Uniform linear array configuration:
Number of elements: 48
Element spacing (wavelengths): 0.5
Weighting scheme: hann
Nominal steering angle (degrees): -45
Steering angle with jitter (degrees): -46.018
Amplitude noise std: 0.05
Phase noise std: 0.05

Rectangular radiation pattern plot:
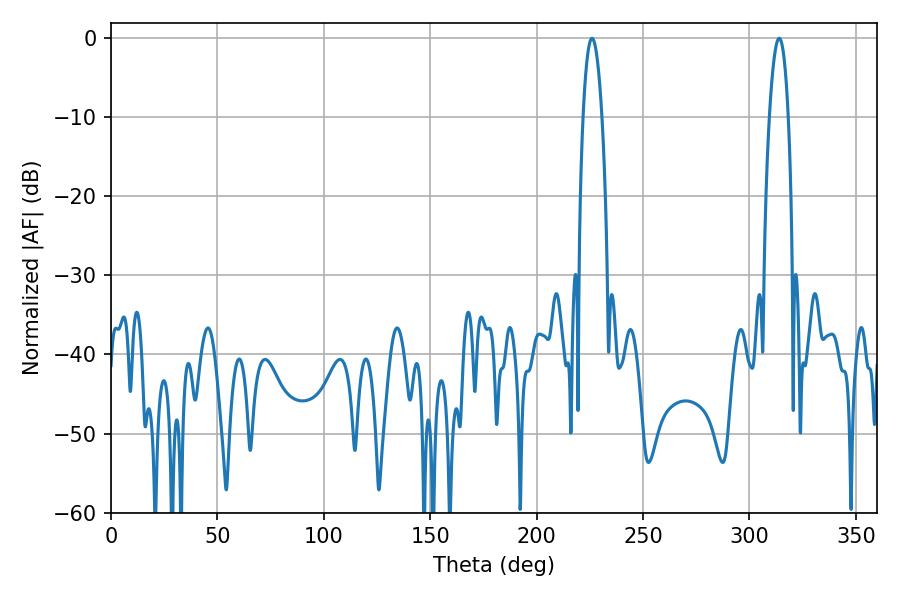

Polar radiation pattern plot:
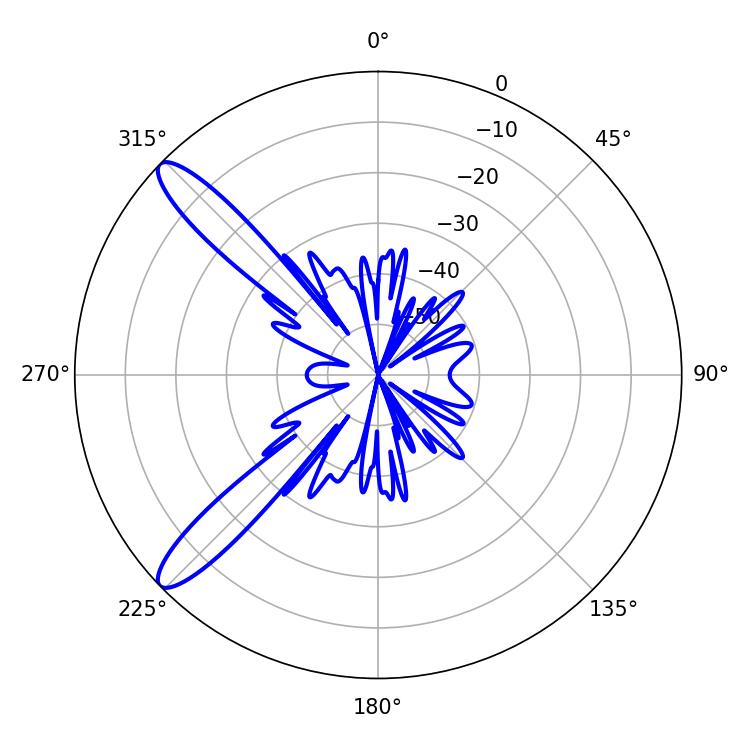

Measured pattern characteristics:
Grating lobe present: FALSE
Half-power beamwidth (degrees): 5.04
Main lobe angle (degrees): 226.08